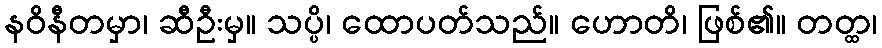
နဝိနီတမှာ၊ ဆီဦးမှ။ သပ္ပိ၊ ထောပတ်သည်။ ဟောတိ၊ ဖြစ်၏။ တတ္ထ၊